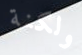
ولكنة